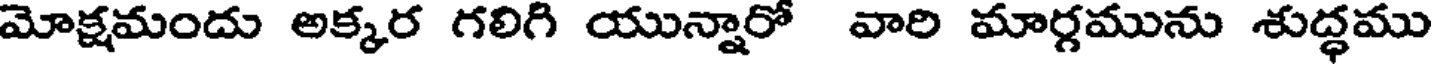
మోక్షమందు అక్కర గలిగి యున్నారో వారి మార్గమును శుద్ధము